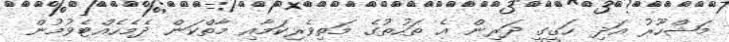
މަޝްހޫރު އަދި ހަގީގީ ދަރިން އެ ތަހުތުގެ މަތިވެރިކަމާއި މާތްކަން ދެމެހެއްޓެވުމުން